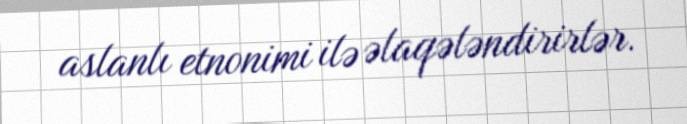
aslanlı etnonimi ilə əlaqələndirirlər.